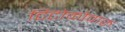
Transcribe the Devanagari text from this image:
टिटोकोवारु